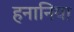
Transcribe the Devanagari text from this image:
हनानिया